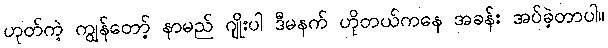
ဟုတ်ကဲ့ ကျွန်တော့် နာမည် ဂျိုးပါ ဒီမနက် ဟိုတယ်ကနေ အခန်း အပ်ခဲ့တာပါ။